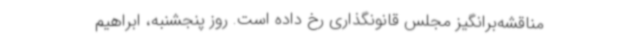
مناقشه‌برانگیز مجلس قانونگذاری رخ داده است. روز پنجشنبه، ابراهیم